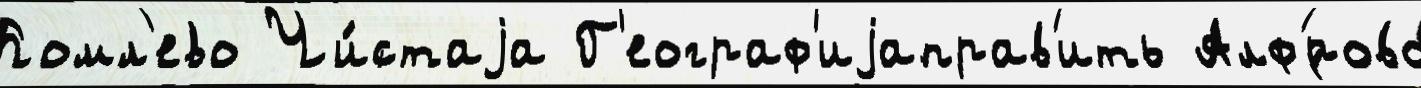
Комл'ево Чи́стаjа Г'еограф'иjаправ'ить Алф'́рово